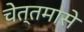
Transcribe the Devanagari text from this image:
चेत्तमासे